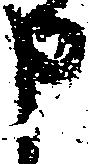
申